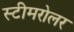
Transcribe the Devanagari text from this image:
स्टीमरोलर